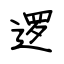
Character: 逻